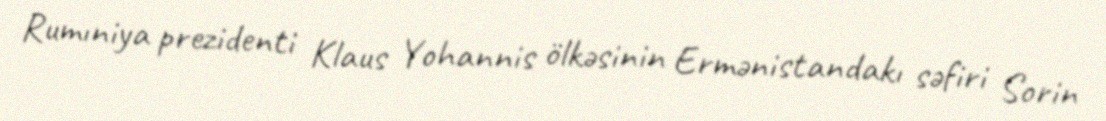
Rumıniya prezidenti Klaus Yohannis ölkəsinin Ermənistandakı səfiri Sorin